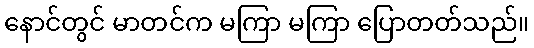
နောင်တွင် မာတင်က မကြာ မကြာ ပြောတတ်သည်။